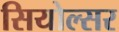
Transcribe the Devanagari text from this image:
सियोल्सर